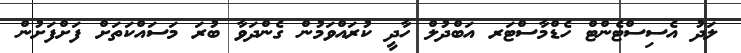
ލަދު އެސިސްޓެންޓް ހެޑްމާސްޓަރ އަބްދުލް ހާދީ ކުރައްވަމުން ގެންދަވާ ބުރަ މަސައްކަތަށް ފަށްފަށުން